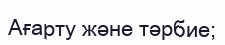
Ағарту және тәрбие;